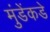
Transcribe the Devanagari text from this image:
मुंडेंकडे